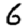
Digit: 6